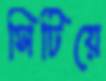
সিটিয়ে